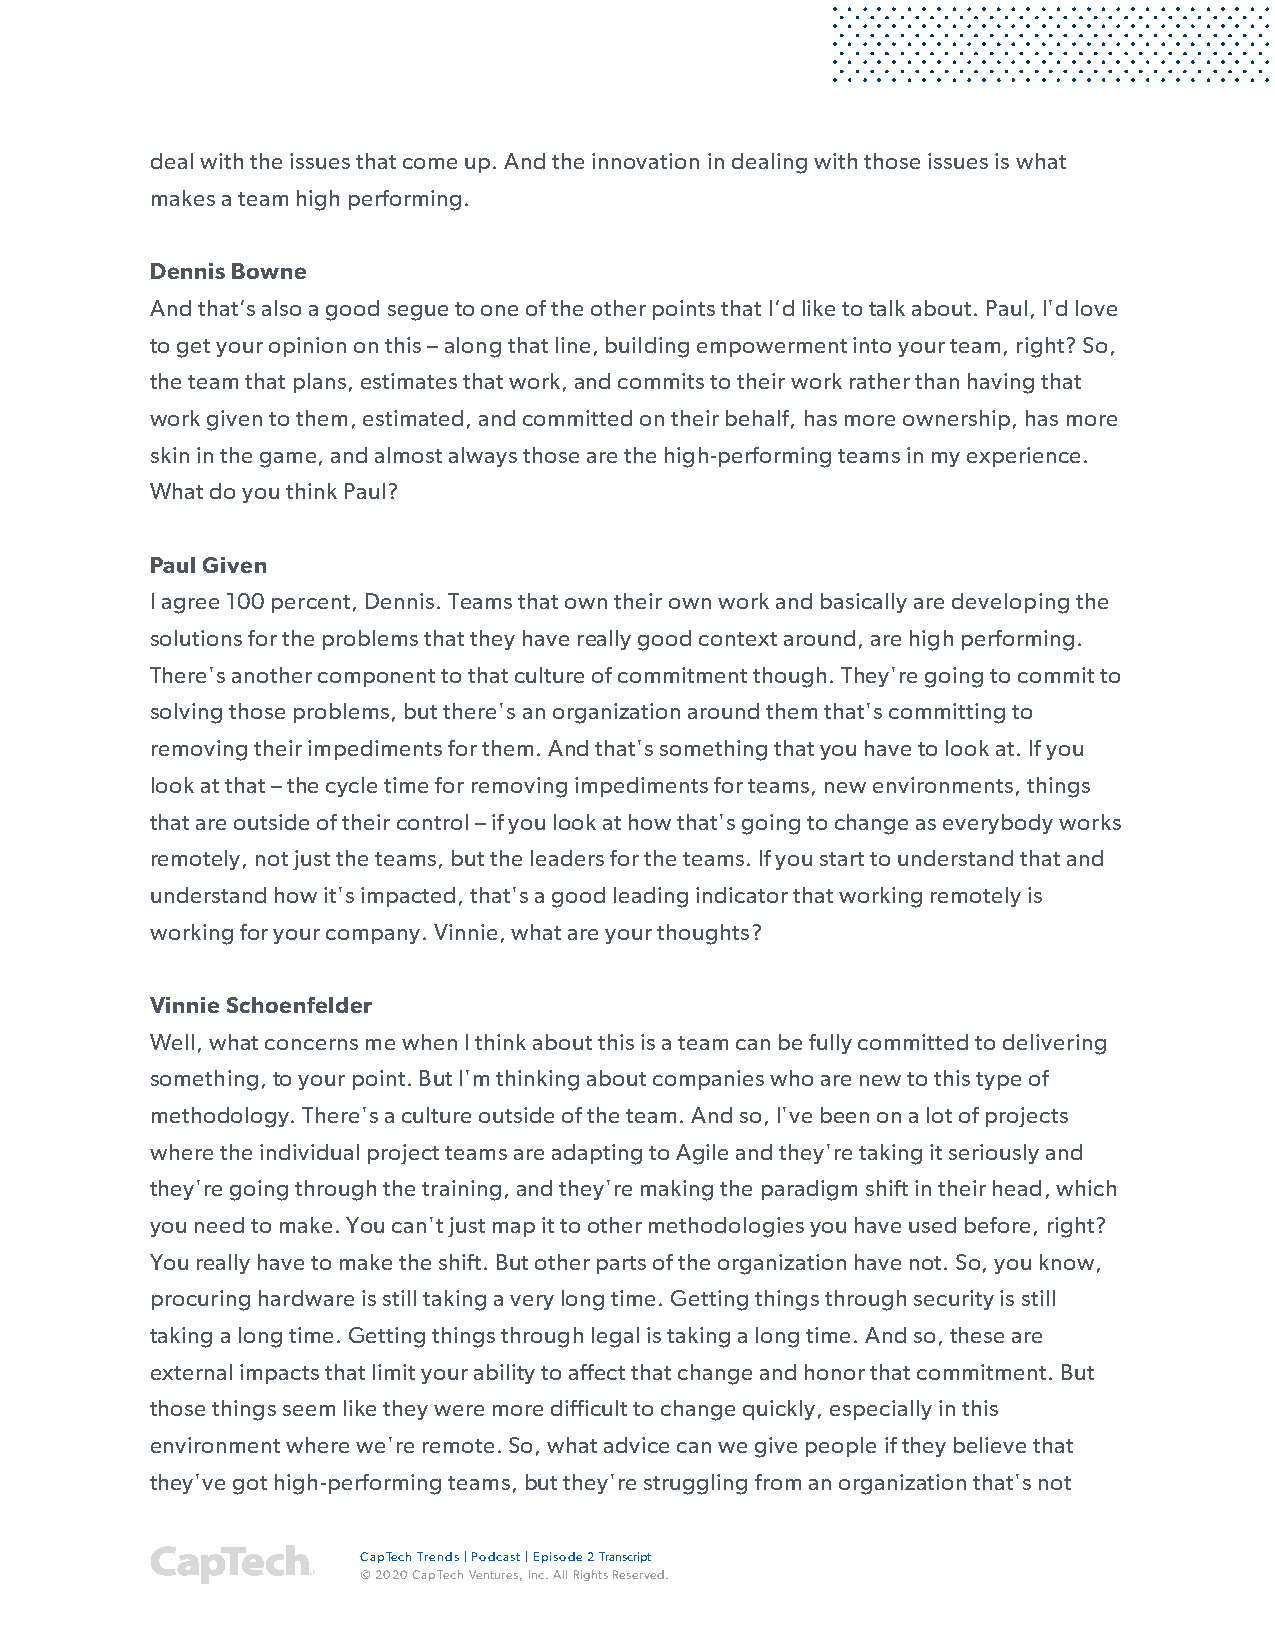
deal with the issues that come up. And the innovation in dealing with those issues is what
 makes a team high performing.
 Dennis Bowne
 And that’s also a good segue to one of the other points that I’d like to talk about. Paul, I'd love
 to get your opinion on this – along that line, building empowerment into your team, right? So,
 the team that plans, estimates that work, and commits to their work rather than having that
 work given to them, estimated, and committed on their behalf, has more ownership, has more
 skin in the game, and almost always those are the high-performing teams in my experience.
 What do you think Paul?
 Paul Given
 I agree 100 percent, Dennis. Teams that own their own work and basically are developing the
 solutions for the problems that they have really good context around, are high performing.
 There's another component to that culture of commitment though. They're going to commit to
 solving those problems, but there's an organization around them that's committing to
 removing their impediments for them. And that's something that you have to look at. If you
 look at that – the cycle time for removing impediments for teams, new environments, things
 that are outside of their control – if you look at how that's going to change as everybody works
 remotely, not just the teams, but the leaders for the teams. If you start to understand that and
 understand how it's impacted, that's a good leading indicator that working remotely is
 working for your company. Vinnie, what are your thoughts?
 Vinnie Schoenfelder
 Well, what concerns me when I think about this is a team can be fully committed to delivering
 something, to your point. But I'm thinking about companies who are new to this type of
 methodology. There's a culture outside of the team. And so, I've been on a lot of projects
 where the individual project teams are adapting to Agile and they're taking it seriously and
 they're going through the training, and they're making the paradigm shift in their head, which
 you need to make. You can't just map it to other methodologies you have used before, right?
 You really have to make the shift. But other parts of the organization have not. So, you know,
 procuring hardware is still taking a very long time. Getting things through security is still
 taking a long time. Getting things through legal is taking a long time. And so, these are
 external impacts that limit your ability to affect that change and honor that commitment. But
 those things seem like they were more difficult to change quickly, especially in this
 environment where we're remote. So, what advice can we give people if they believe that
 they've got high-performing teams, but they're struggling from an organization that's not
 CapTech Trends | Podcast | Episode 2 Transcript
 © 2020 CapTech Ventures, Inc. All Rights Reserved.